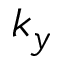
k _ { y }